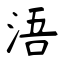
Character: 浯